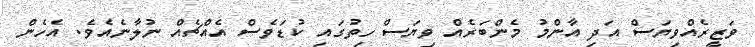
ވަޒީރެއްވިޔަސް އަދި އާންމު މެންބަރެއް ވިޔަސް ހިތުގައި ކުޑަވެސް އެއްޗެއް ނުލާނެއެވެ. އެހެން